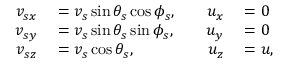
\begin{array} { r l r l } { v _ { s x } } & { { } = v _ { s } \sin \theta _ { s } \cos \phi _ { s } , \quad } & { u _ { x } } & { { } = 0 } \\ { v _ { s y } } & { { } = v _ { s } \sin \theta _ { s } \sin \phi _ { s } , \quad } & { u _ { y } } & { { } = 0 } \\ { v _ { s z } } & { { } = v _ { s } \cos \theta _ { s } , \quad } & { u _ { z } } & { { } = u , } \end{array}